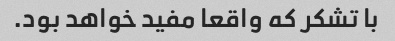
با تشکر که واقعا مفید خواهد بود.